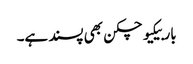
باربیکیو چکن بھی پسند ہے۔